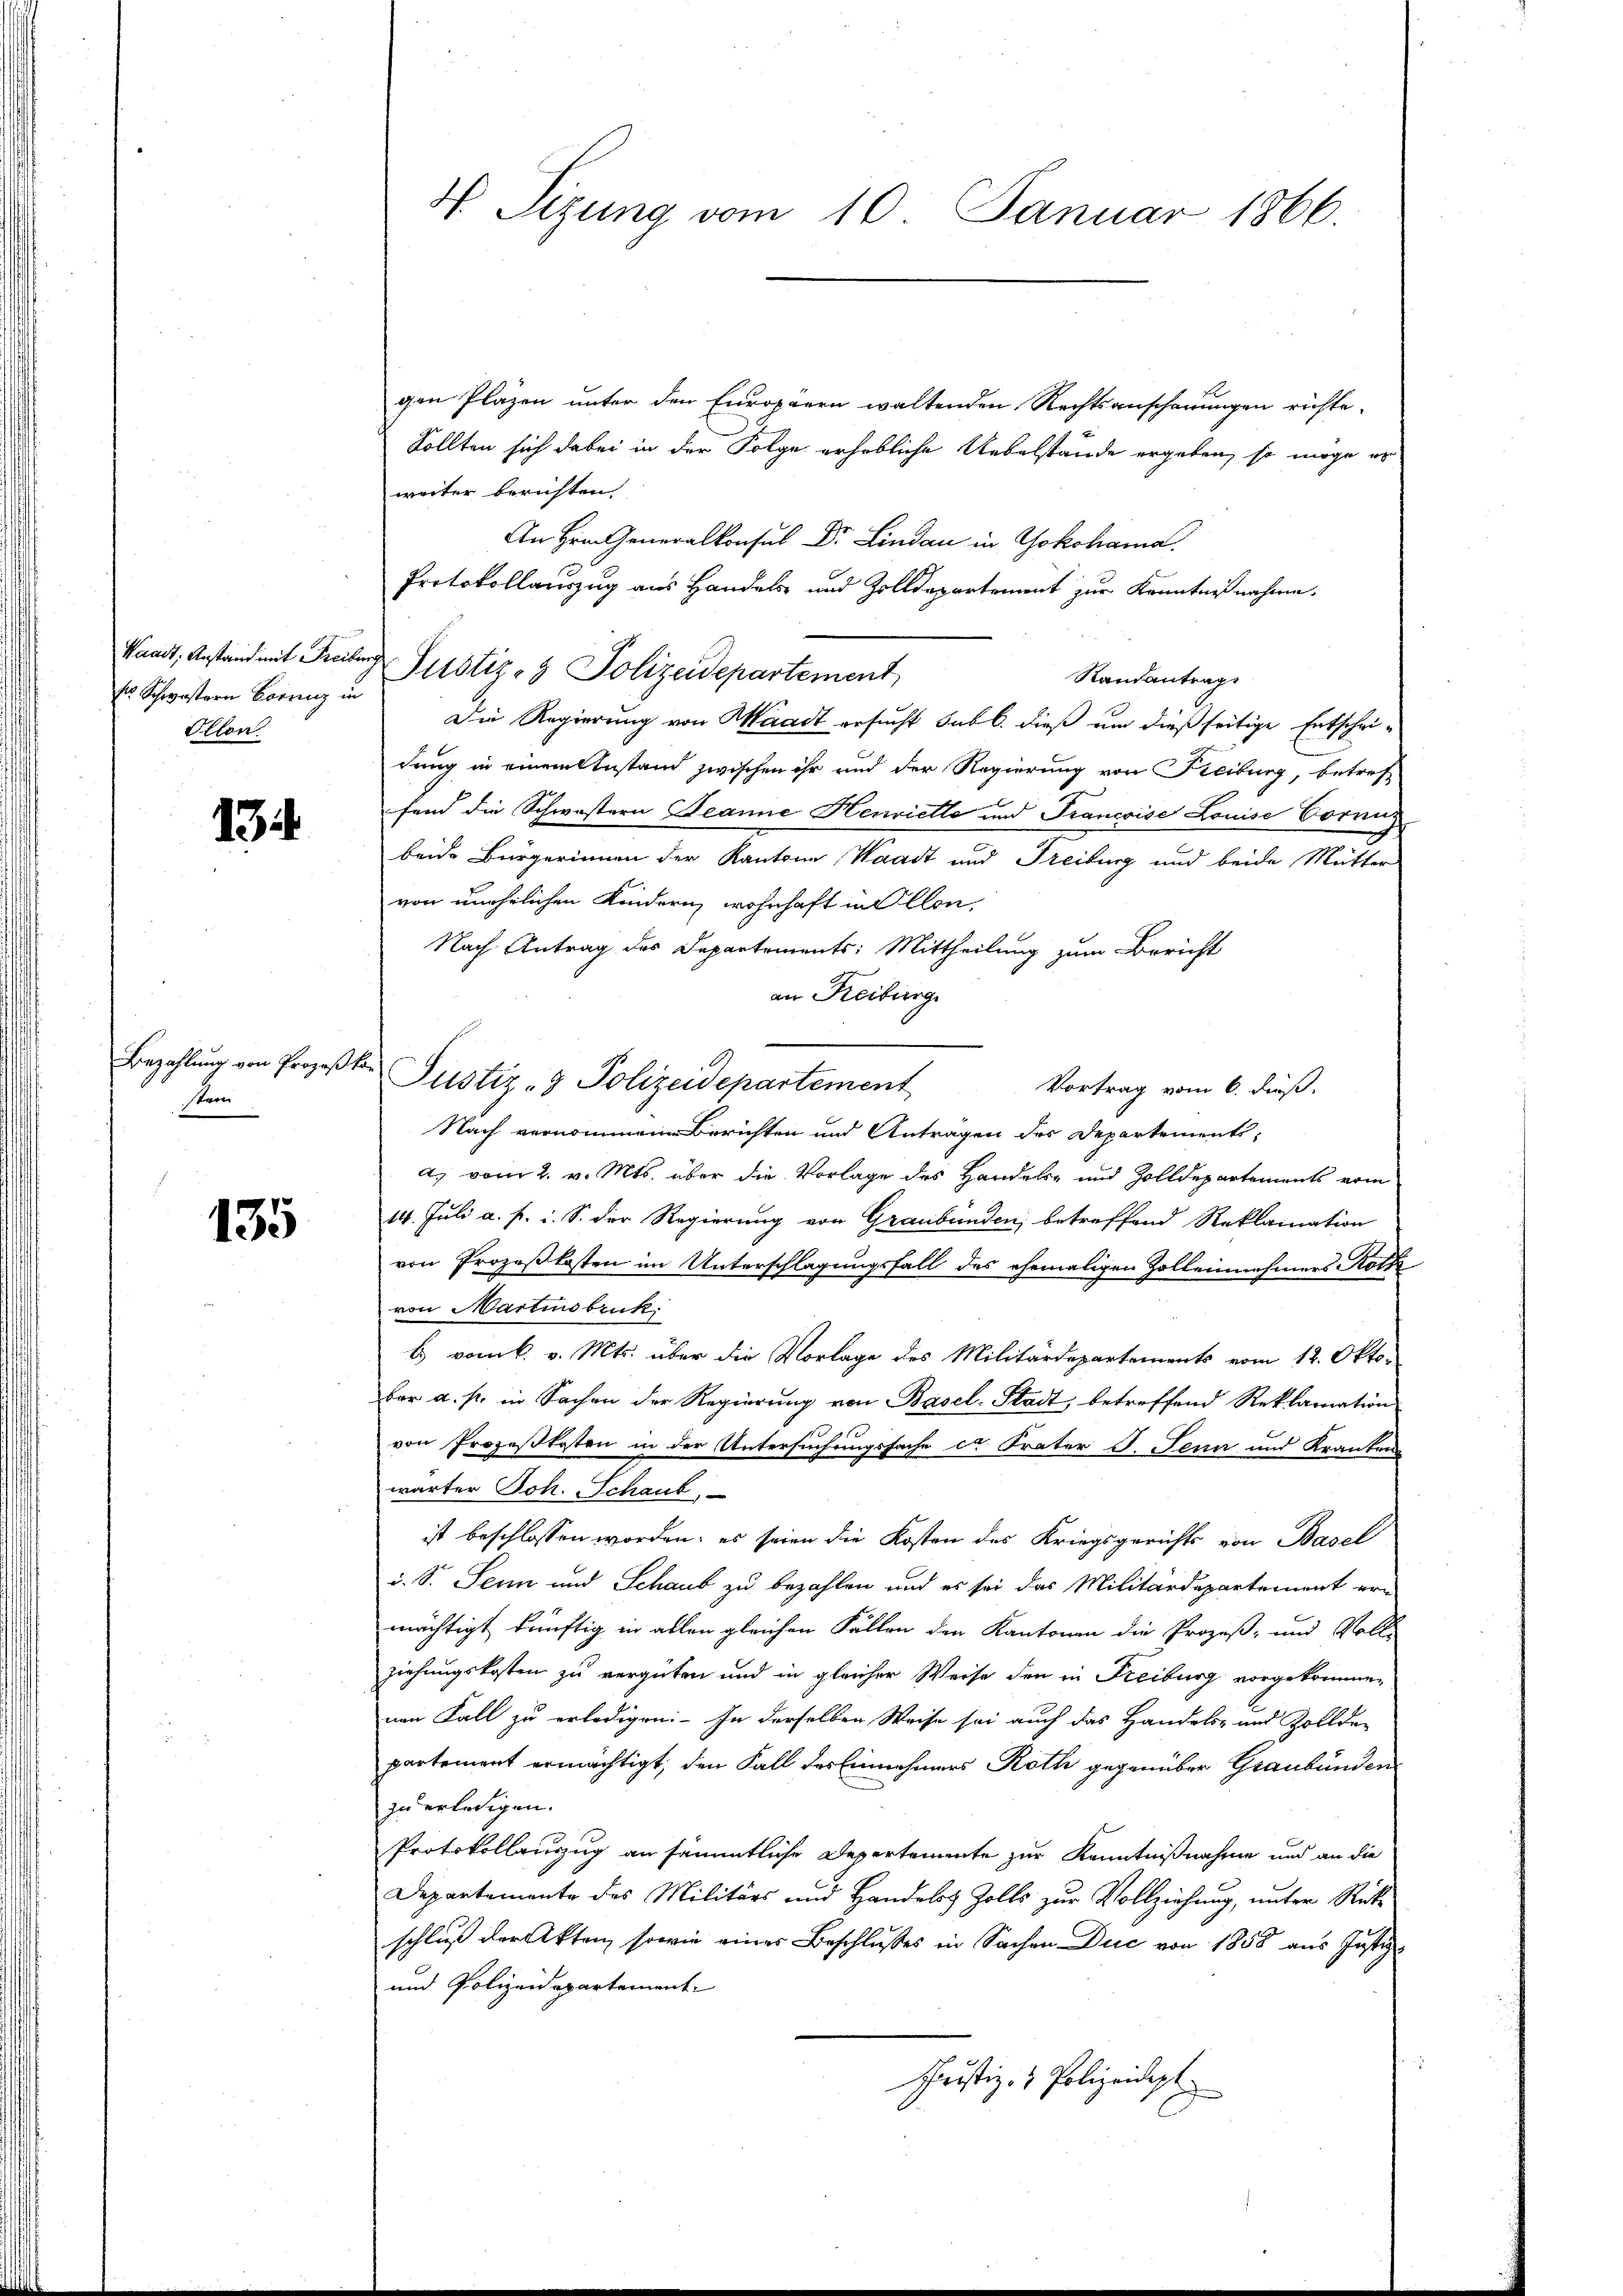
s Schwistern Correnz in
Ollon

134

Bezahlung von Prozeßkor
stein

135

V Sizung vom 10. Januar 1866.

Waadt, Anstand mit Freiber Justiz- & Polizeidepartement

gen Pläzen unter den Europäern waltenden Rechtsanschauungen richte.
Sollten sich dabei in der Folge erhebliche Uebelstände ergeben, so möge er
weiter berichten,
An Hrn. Generalkonsul Dr. Lindau in Yokohama.
Protokollauszug aus Handels- und Zolldepartement zur Kenntnißnahme.
Randantrag
Die Regierung von Waadt ersucht sub b. dieß um dießseitige Entschridung in einem Zustand zwischen ihr und der Regierung von Freiburg, betref
fend die Schwestern Beanne Henriette und Francoise Louise Cornig
beide Bürgerinnen der Kantone, Waadt und Freiburg und beide Mutter
von unehelichen Kindern, wohnhaft in Allon,
Nach Antrag des Departements: Mittheilung zum Bericht
an Reiburg
Justiz- & Polizeidepartement
Vortrag vom 6. dieß.
Nach vernommenen Berichten und Antragen des Departements-
d. vom 2. v. Mts. über die Vorlage des Handels- und Zolldepartements vom
14. Juli a. p. i. S. der Regierung von Graubünden, betreffend Reklamation
von Prozeßkosten im Unterschlagungsfall des ehemaligen Zolleinehmers Roth
von Martinsbruk
b) vom 6. v. Mts. über die Vorlage des Militärdepartements vom 12. Okto-
bar a. p. in Sachen der Regierung von Basel-Stadt, betreffend Reklamation
von Prozeßkosten in der Untersuchungssache ca Frater J. Feuer und Kranken
wärter Joh. Schaub,
ist beschlossen worden; es seien die Kosten des Kriegsgerichts von Basel
i. S. Senn und Schaub zu bezahlen und es sei das Militärdepartement er-
mächtigt künftig in allen gleichen Fällen den Kantonen die Prozeß- und Voll-
ziehungskosten zu vergüten und in gleicher Weise den in Freiburg vorgekommen
nen Fall zu erledigen. In derselben Weise sei auch das Handels- und Zollde-
partement ermächtigt, den Fall des Einnehmers Roth gegenüber Graubünden
zu erledigen. |
Protokollauszug an sämmtliche Departemente zur Kenntnißnahme und an die
Departemente des Militärs und Handelos Zolls zur Vollziehung, unter Rücke
schluß der Akten, sowie einer Beschlusses in Sachen Duc von 1858 aus Justiz
und Polizeidepartement
Justiz- & Polizeidigt